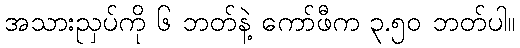
အသားညှပ်ကို ၆ ဘတ်နဲ့ ကော်ဖီက ၃.၅၀ ဘတ်ပါ။